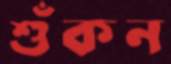
শুঁকন